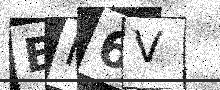
Text: EN6V